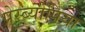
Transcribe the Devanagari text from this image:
प्रेस्ब्योपिया